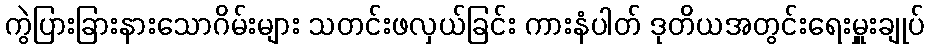
ကွဲပြားခြားနားသောဂိမ်းများ သတင်းဖလှယ်ခြင်း ကားနံပါတ် ဒုတိယအတွင်းရေးမှူးချုပ်